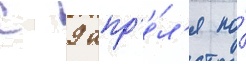
с 9 апр'е́л'я по́